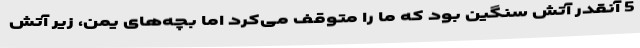
5 آنقدر آتش سنگین بود که ما را متوقف می‌کرد اما بچه‌های یمن، زیر آتش